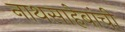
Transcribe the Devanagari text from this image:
नाथसाहेबांची